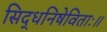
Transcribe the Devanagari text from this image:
सिद्धनिषेविताः॥